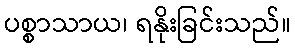
ပစ္စာသာယ၊ ရနိုးခြင်းသည်။